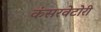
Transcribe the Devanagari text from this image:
कंसरवेटोरी